画像に写った文字を読んでください
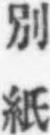
「別紙」と書いてあります